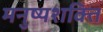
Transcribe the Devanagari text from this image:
मनुष्यशक्ति